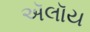
ઍલૉય